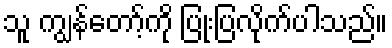
သူ ကျွန်တော့်ကို ပြုံးပြလိုက်ပါသည်။